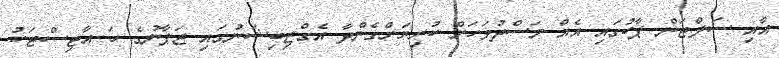
އާއި ސަލްޓަން ޕާކުގައި އެއް މަސްދުވަހަށް ކުރިޔަށްގެންދާ އެގްޒިބިޝަނުގައި ޖަޕާނުގެ ހަ އާޓިސްޓަކު